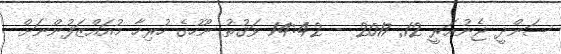
ސަންދީ ޖެނުއަރީ 12